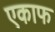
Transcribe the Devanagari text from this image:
एकाफ